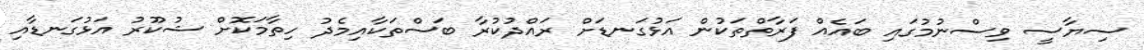
ސިޔާސީ ވިސްނުމުގައި ބައެއް ފަރާތްތަކުން އަޅުގަނޑަށް ރައްދުކުރާ ބަަސްތަކާއިމެދު ހިތާމަކޮށް ޝުކޫރު އަޅުގަނޑާއި